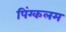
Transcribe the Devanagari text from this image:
पिंग्कलम